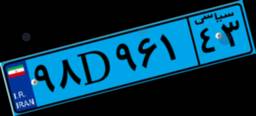
۴۳D۴۶۰۴۰